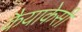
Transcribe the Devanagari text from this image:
कैयाकेसी